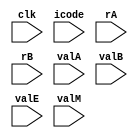
module write_back(
  clk,icode,rA,rB,valA,valB,valE,valM
);

  input clk;

  input [3:0] icode;
  input [3:0] rA;
  input [3:0] rB;
  input [63:0] valA;
  input [63:0] valB;
  input [63:0] valE;
  input [63:0] valM;

  always@(*)
  begin
    if(icode==4'b0010) //cmovxx
    begin
      reg_mem[rB]=valE;
    end
    if(icode==4'b0011) //irmovq
    begin
      reg_mem[rB]=valE;
    end
    // if(icode==4'b0100) //rmmovq
    // begin
    // end
    if(icode==4'b0101) //mrmovq
    begin
      reg_mem[rA]=valM;
    end
    if(icode==4'b0110) //OPq
    begin
      reg_mem[rB]=valE;
    end
    // if(icode==4'b0111) //jxx
    // begin
    // end
    if(icode==4'b1000) //call
    begin
      reg_mem[4]=valE;
    end
    if(icode==4'b1001) //ret
    begin
      reg_mem[4]=valE;
    end

    if(icode==4'b1010) //pushq
    begin
      reg_mem[4]=valE;
    end
    if(icode==4'b1011) //popq
    begin
      reg_mem[4]=valE;
      reg_mem[rA]=valM;
    end
  end

endmodule